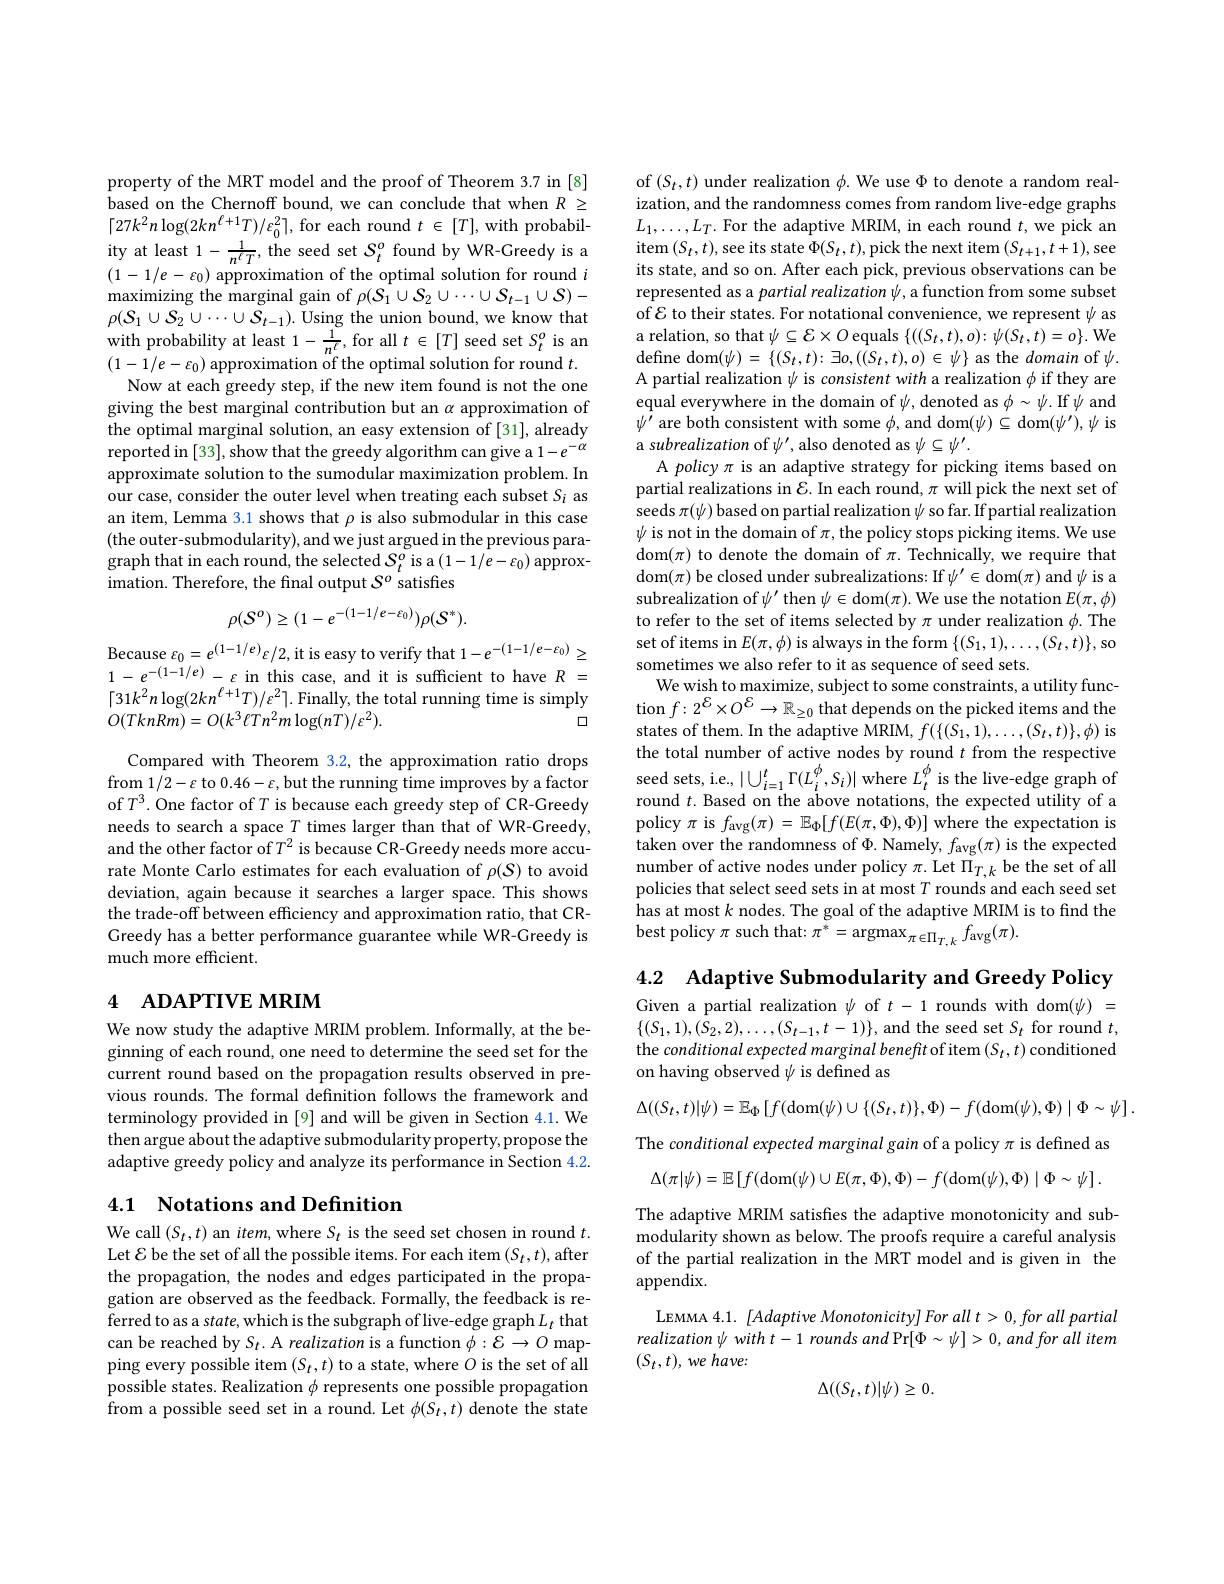
property of the MRT model and the proof of Theorem 3.7 in [8] $\begin{array}{l}\text{based on the Chernoff bound, we can conclude that when }R\geq\\{\lceil27k^{2}n\log(2kn^{\ell+1}T)/\varepsilon_{0}^{2}\rceil,\mathrm{~for~each~round~}t\in[T],\mathrm{~with~probabil-}}\end{array}$ $\begin{array}{l}{\mathrm{ity~at~least~1-\frac{1}{n^{\ell}T},~the~seed~set~S_{t}^{o}~found~by~WR-Greedy~is~a}}\\{(1-1/e-\varepsilon_{0})~\mathrm{approximation~of~the~optimal~solution~for~round~}i}\end{array}$ maximizing the marginal gain of $\rho(S_1\cup S_2\cup\cdots\cup S_{t-1}\cup S)-$ $\rho(\mathcal{S}_{1}\cup\mathcal{S}_{2}\cup\cdots\cup\mathcal{S}_{t-1}).$ Using the union bound, we know that with probability at least $1- \frac 1{n^{\ell }}$,for all $t\in [ T]$ seed set $S_{t}^{o}$ is an $( 1- 1/ e- \varepsilon _{0})$ approximation of the optimal solution for round $t.$
Now at each greedy step, if the new item found is not the one giving the best marginal contribution but an $\alpha$ approximation of the optimal marginal solution, an easy extension of [31], already $\hat{\text{reported in}}\left[33\right]$,show that the greedy algorithm can give a $1-e^-\alpha$ approximate solution to the sumodular maximization problem. In our case, consider the outer level when treating each subset $S_i$ as an item, Lemma 3.1 shows that $\rho$ is also submodular in this case (the outer-submodularity), and we just argued in the previous paragraph that in each round, the selected $S_t^o$ is a$\left(1-1/e-\varepsilon_0\right)$approximation. Therefore, the final output $S^o$ satisfies
$$\rho(S^{o})\geq(1-e^{-(1-1/e-\varepsilon_{0})})\rho(S^{*}).$$
Because $\varepsilon_0=e^{(1-1/e)}\varepsilon/2$,it is easy to verify that $1-e^-(1-1/e-\varepsilon_0)\geq$ $\begin{array}{l}{1-e^{-(1-1/e)}-\varepsilon\text{ in this case, and it is sufficient to have }R=}\\{\lceil31k^{2}n\log(2kn^{\ell+1}T)/\varepsilon^{2}\rceil.\text{ Finally, the total running time is simply}}\end{array}$
口
$O(TknRm)=O(k^{3}\ell Tn^{2}m\log(n\dot{T})/\varepsilon^{2}).$

Compared with Theorem 3.2, the approximation ratio drops from $1/2-\varepsilon$ to $0.46-\varepsilon$,but the running time improves by a factor of $T^3.$ One factor of $T$ is because each greedy step of CR-Greedy needs to search a space $T$ times larger than that of WR-Greedy, and the other factor of $T^2$ is because CR-Greedy needs more accurate Monte Carlo estimates for each evaluation of $\rho(\mathcal{S})$ to avoid deviation, again because it searches a larger space. This shows the trade-off between efficiency and approximation ratio, that CRGreedy has a better performance guarantee while WR-Greedy is much more efficient.

# 4 ADAPTIVE MRIM

We now study the adaptive MRIM problem. Informally, at the beginning of each round, one need to determine the seed set for the current round based on the propagation results observed in previous rounds. The formal definition follows the framework and terminology provided in [9] and will be given in Section 4.1. We then argue about the adaptive submodularity property, propose the adaptive greedy policy and analyze its performance in Section 4.2.

## 4.1 Notations and Definition

We call $(S_t,t)$ an $item$,where $S_t$ is the seed set chosen in round $t.$ Let $\mathcal{E}$ be the set of all the possible items. For each item $(S_t,t)$,after the propagation, the nodes and edges participated in the propagation are observed as the feedback. Formally, the feedback is referred to as a state, which is the subgraph of live-edge graph $L_t$ that can be reached by $S_t.$ A realization is a function $\phi:\mathcal{E}\to O$ mapping every possible item $(S_t,t)$ to a state, where $O$ is the set of all possible states. Realization $\phi$ represents one possible propagation from a possible seed set in a round. Let $\phi(S_t,t)$ denote the state

of $(S_t,t)$ under realization $\phi.$ We use $\Phi$ to denote a random realization, and the randomness comes from random live-edge graphs $L_1,\ldots,L_T.$ For the adaptive MRIM, in each round $t$,we pick an item$\left(S_{t},t\right)$,see its state $\Phi(S_{t},t)$,pick the next item$\left(S_{t+1},t+1\right)$,see its state, and so on. After each pick, previous observations can be represented as a partial realization $\psi$, a function from some subset of $\mathcal{E}$ to their states. For notational convenience, we represent $\psi$ as a relation, so that $\psi\subseteq\mathcal{E}\times O$ equals $\{((S_t,t),o):\psi(S_t,t)=o\}.$ We define dom$(\psi)=\{(S_t,t)\colon\exists o,((S_t,t),o)\in\psi\}$ as the domain of $\psi.$ A partial realization $\psi$ is consistent with a realization $\phi$ if they are equal everywhere in the domain of $\psi$, denoted as $\phi\sim\psi.$ If $\psi$ and $\psi^{\prime}$ are both consistent with some $\phi$, and dom$(\psi)\subseteq$ dom$(\psi^\prime),\psi$ is a subrealization of $\psi^\prime$, also denoted as $\psi\subseteq\psi^\prime.$
A policy $\pi$ is an adaptive strategy for picking items based on partial realizations in $\mathcal{E}.$ In each round, $\pi$ will pick the next set of seeds $\pi(\psi)$ based on partial realization $\psi$ so far. If partial realization $\psi$ is not in the domain of $\pi$,the policy stops picking items. We use dom$(\pi)$ to denote the domain of $\pi.$ Technically, we require that dom$(\pi)$ be closed under subrealizations: If $\psi^\prime\in$dom$(\pi)$ and $\psi$ is a subrealization of $\psi^\prime$ then $\psi\in$dom$(\pi).$ We use the notation $E(\pi,\phi)$ to refer to the set of items selected by $\pi$ under realization $\phi.$ The set of items in $E(\pi,\phi)$ is always in the form $\{(S_1,1),\ldots,(S_t,t)\}$, so sometimes we also refer to it as sequence of seed sets.
We wish to maximize, subject to some constraints, a utility func- $\tan f:2^{\mathcal{E}}\times O^{\mathcal{E}}\to\mathbb{R}_{\geq0}$that depends on the picked items and the states of them. In the adaptive MRIM, $f(\{(S_1,1),\ldots,(S_t,t)\},\phi)$ is the total number of active nodes by round $t$ from the respective seed sets, i.e., $|\bigcup_i=1^t\Gamma(L_i^\phi,S_i)|$ where $L_t^\phi$ is the live-edge graph of round $t.$ Based on the above notations, the expected utility of a policy $\pi$ is $f_\mathrm{avg}(\pi)=\mathbb{E}_\Phi[f(E(\pi,\Phi),\Phi)]$ where the expectation is taken over the randomness of $\Phi.$ Namely, $f_{\mathrm{avg}}(\pi)$ is the expected number of active nodes under policy $\pi.$ Let $\Pi_T,k$ be the set of all policies that select seed sets in at most $T$ rounds and each seed set has at most $k$ nodes. The goal of the adaptive MRIM is to find the best policy $\pi$ such that: $\pi^*=\operatorname{argmax}_{\pi\in\Pi_{T,k}}f_{\operatorname{avg}}(\pi).$

4.2 Adaptive Submodularity and Greedy Policy

Given a partial realization $\psi$ of $t-1$ rounds with dom$(\psi)=$ $\{(S_{1},1),(S_{2},2),\ldots,(S_{t-1},t-1)\}$,and the seed set $S_t$ for round $t$, the conditional expected marginal beneft of item $(S_t,t)$ conditioned on having observed $\psi$ is defined as

$\Delta((S_{t},t)|\psi)=\mathbb{E}_{\Phi}\left[f(\mathrm{dom}(\psi)\cup\{(S_{t},t)\},\Phi)-f(\mathrm{dom}(\psi),\Phi)\mid\Phi\sim\psi\right].$
The conditional expected marginal gain of a policy $\pi$ is defined as $\Delta ( \pi | \psi ) = \mathbb{E} \left [ f( \mathrm{dom}( \psi ) \cup E( \pi , \Phi ) , \Phi ) - f( \mathrm{dom}( \psi ) , \Phi ) \mid \Phi \sim \psi \right ] .$ The adaptive MRIM satisfes the adaptive monotonicity and submodularity shown as below. The proofs require a careful analysis of the partial realization in the MRT model and is given in the appendix.
LEMMA 4.1. [Adaptive Monotonicity] For all t> 0, for all partial realization $\psi$ with $t-1$ rounds and Pr$[\Phi\sim\psi]>0$, and for all item $( S_t, t) , we$ $have:$
$$\Delta((S_t,t)|\psi)\geq0.$$